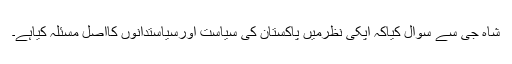
شاہ جی سے سوال کیاکہ آپکی نظرمیں پاکستان کی سیاست اورسیاستدانوں کااصل مسئلہ کیاہے۔